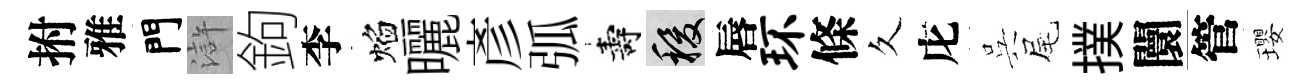
拊雅門滸鉤李焰曬彥弧壽稷唇环條久庀呉尾撲闤管瓔